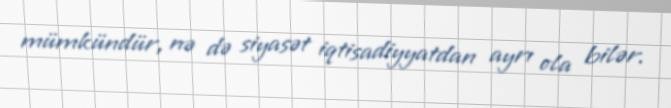
mümkündür, nə də siyasət iqtisadiyyatdan ayrı ola bilər.